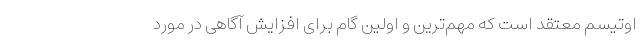
اوتیسم معتقد است که مهم‌ترین و اولین گام برای افزایش آگاهی در مورد